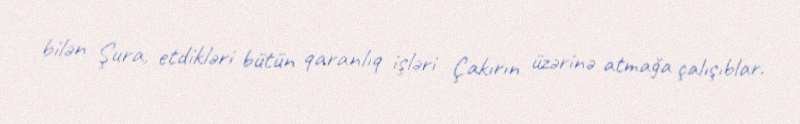
bilən Şura, etdikləri bütün qaranlıq işləri Çakırın üzərinə atmağa çalışıblar.